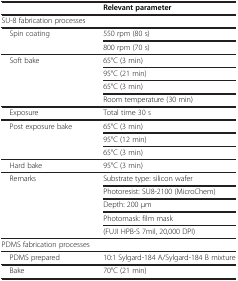
<table><thead><tr><td><b> </b></td><td><b>Relevant parameter</b></td></tr></thead><tbody><tr><td>SU-8 fabrication processes</td><td> </td></tr><tr><td rowspan="2"> Spin coating</td><td>550 rpm (80 s)</td></tr><tr><td>800 rpm (70 s)</td></tr><tr><td rowspan="4"> Soft bake</td><td>65°C (3 min)</td></tr><tr><td>95°C (21 min)</td></tr><tr><td>65°C (3 min)</td></tr><tr><td>Room temperature (30 min)</td></tr><tr><td> Exposure</td><td>Total time 30 s</td></tr><tr><td rowspan="3"> Post exposure bake</td><td>65°C (3 min)</td></tr><tr><td>95°C (12 min)</td></tr><tr><td>65°C (3 min)</td></tr><tr><td> Hard bake</td><td>95°C (3 min)</td></tr><tr><td rowspan="5"> Remarks</td><td>Substrate type: silicon wafer</td></tr><tr><td>Photoresist: SU8-2100 (MicroChem)</td></tr><tr><td>Depth: 200 μm</td></tr><tr><td>Photomask: film mask</td></tr><tr><td>(FUJI HPB-S 7mil, 20,000 DPI)</td></tr><tr><td>PDMS fabrication processes</td><td> </td></tr><tr><td> PDMS prepared</td><td>10:1 Sylgard-184 A/Sylgard-184 B mixture</td></tr><tr><td> Bake</td><td>70°C (21 min)</td></tr></tbody></table>